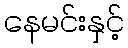
နေမင်းနှင့်